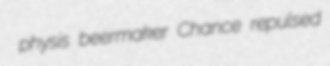
physis beermaker Chance repulsed